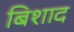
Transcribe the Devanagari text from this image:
बिशाद